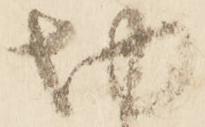
切